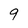
Character: 9